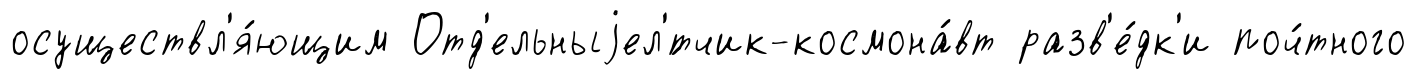
осуществл'я́ющим Отд'ельныjел'́тчик-космона́вт разв'е́дк'и поч́тного